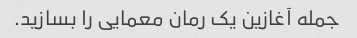
جمله آغازین یک رمان معمایی را بسازید.